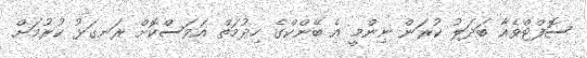
ސޮފްޓްވެއާ ބަދަލު ކުރަން ނިންމީ އެ ބޭންކްގެ ހިދުމަތް އަވަސްކޮށް ރަނގަޅު ކުރުމަށް